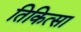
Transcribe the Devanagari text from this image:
तिकित्सा